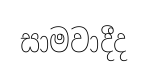
සාමවාදීද